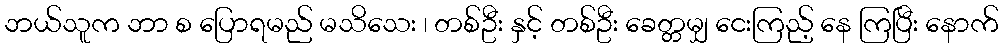
ဘယ်သူက ဘာ စ ပြောရမည် မသိသေး ၊ တစ်ဦး နှင့် တစ်ဦး ခေတ္တမျှ ငေးကြည့် နေ ကြပြီး နောက်